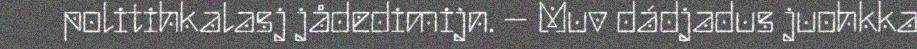
politihkalasj jådedimijn. – Muv dádjadus juohkka